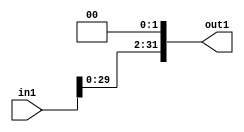
// EECE3324 Computer Architecture
// Advanced Project
// Tim Liming

// Shift Left 2 module

`timescale 1ns/1ns

module ShiftLeft2(in1, out1);
  
  input [31:0] in1;       // output of sign-extend
  output reg [31:0] out1; // output of shift-left 2
  
  always @ (in1) begin
    // ignore first two bits and add two zeros to end
    out1 = {in1[29:0], 2'b00};
  end
endmodule